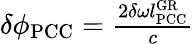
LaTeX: \begin{array}{r}{\delta\phi_{\mathrm{PCC}}=\frac{2\delta\omega l_{\mathrm{PCC}}^{\mathrm{GR}}}{c}}\end{array}